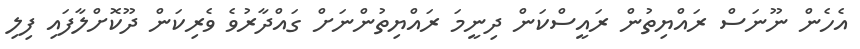
އެހެން ނޫނަސް ރައްޔިތުން ރައީސްކަން ދިނީމަ ރައްޔިތުންނަށް ގައްދާރުވެ ވެރިކަން ދޫކޮށްލާފައި ފިލި